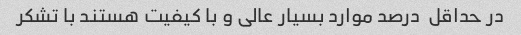
در حداقل  درصد موارد بسیار عالی و با کیفیت هستند با تشکر